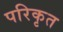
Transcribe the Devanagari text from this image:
परिकृत